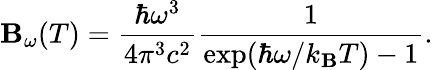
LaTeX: \mathbf{B}_{\omega}(T)=\frac{{\hbar\omega^{3}}}{{4\pi^{3}c^{2}}}\frac{{1}}{{\exp(\hbar\omega/k_{\mathbf{B}}T)-1}}.